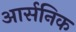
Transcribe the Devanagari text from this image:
आर्सनिक